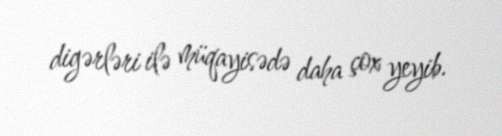
digərləri ilə müqayisədə daha çox yeyib.